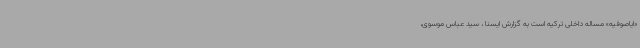
«ایاصوفیه» مساله داخلی ترکیه است به گزارش ایسنا ، سید عباس موسوی،